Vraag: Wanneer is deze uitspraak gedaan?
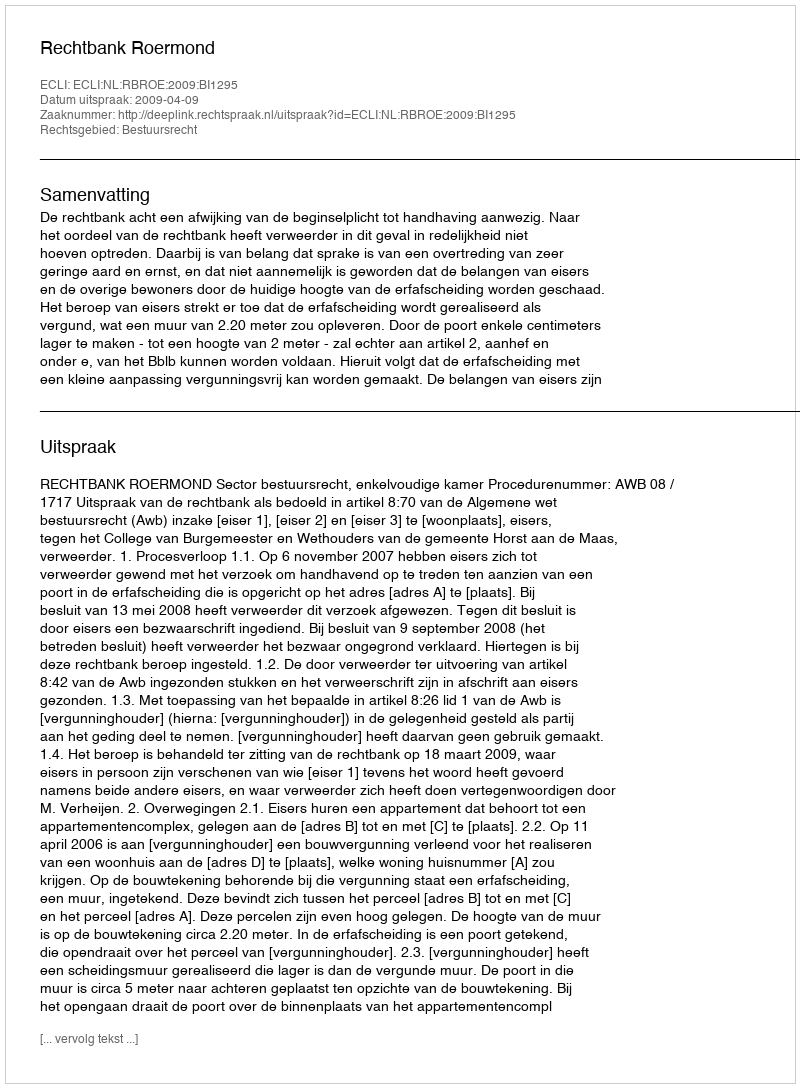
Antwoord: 2009-04-09